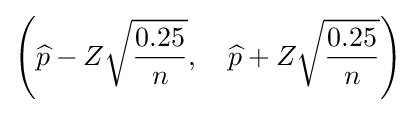
\left({\widehat {p}}-Z{\sqrt {\frac {0.25}{n}}},\quad {\widehat {p}}+Z{\sqrt {\frac {0.25}{n}}}\right)